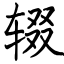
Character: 辍